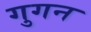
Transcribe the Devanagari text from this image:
गुगन